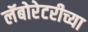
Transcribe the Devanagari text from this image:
लॅबोरेटरीच्या